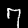
Digit: 7